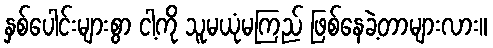
နှစ်ပေါင်းများစွာ ငါ့ကို သူမယုံမကြည် ဖြစ်နေခဲ့တာများလား။